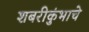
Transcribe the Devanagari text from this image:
शबरीकुंभाचे